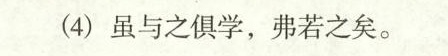
(4)虽与之俱学，弗若之矣。